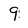
Character: 9